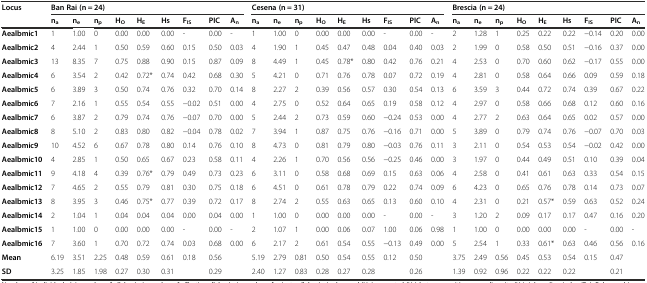
<table><thead><tr><td><b>Locus</b></td><td colspan="9"><b>Ban Rai (n = 24)</b></td><td colspan="9"><b>Cesena (n = 31)</b></td><td colspan="9"><b>Brescia (n = 24)</b></td></tr><tr><td></td><td><b>n<sub>a</sub></b></td><td><b>n<sub>e</sub></b></td><td><b>n<sub>p</sub></b></td><td><b>H<sub>O</sub></b></td><td><b>H<sub>E</sub></b></td><td><b>Hs</b></td><td><b>F<sub>IS</sub></b></td><td><b>PIC</b></td><td><b>A<sub>n</sub></b></td><td><b>n<sub>a</sub></b></td><td><b>n<sub>e</sub></b></td><td><b>n<sub>p</sub></b></td><td><b>H<sub>O</sub></b></td><td><b>H<sub>E</sub></b></td><td><b>Hs</b></td><td><b>F<sub>IS</sub></b></td><td><b>PIC</b></td><td><b>A<sub>n</sub></b></td><td><b>n<sub>a</sub></b></td><td><b>n<sub>e</sub></b></td><td><b>n<sub>p</sub></b></td><td><b>H<sub>O</sub></b></td><td><b>H<sub>E</sub></b></td><td><b>Hs</b></td><td><b>F<sub>IS</sub></b></td><td><b>PIC</b></td><td><b>A<sub>n</sub></b></td></tr></thead><tbody><tr><td><b>Aealbmic1</b></td><td>1</td><td>1.00</td><td>0</td><td>0.00</td><td>0.00</td><td>0.00</td><td>-</td><td>0.00</td><td>-</td><td>1</td><td>1.00</td><td>0</td><td>0.00</td><td>0.00</td><td>0.00</td><td>-</td><td>0.00</td><td>-</td><td>2</td><td>1.28</td><td>1</td><td>0.25</td><td>0.22</td><td>0.22</td><td>−0.14</td><td>0.20</td><td>0.00</td></tr><tr><td><b>Aealbmic2</b></td><td>4</td><td>2.44</td><td>1</td><td>0.50</td><td>0.59</td><td>0.60</td><td>0.15</td><td>0.50</td><td>0.03</td><td>4</td><td>1.90</td><td>1</td><td>0.45</td><td>0.47</td><td>0.48</td><td>0.04</td><td>0.40</td><td>0.03</td><td>2</td><td>1.99</td><td>0</td><td>0.58</td><td>0.50</td><td>0.51</td><td>−0.16</td><td>0.37</td><td>0.00</td></tr><tr><td><b>Aealbmic3</b></td><td>13</td><td>8.35</td><td>7</td><td>0.75</td><td>0.88</td><td>0.90</td><td>0.15</td><td>0.87</td><td>0.09</td><td>8</td><td>4.49</td><td>1</td><td>0.45</td><td>0.78*</td><td>0.80</td><td>0.42</td><td>0.76</td><td>0.21</td><td>4</td><td>2.53</td><td>0</td><td>0.70</td><td>0.60</td><td>0.62</td><td>−0.17</td><td>0.55</td><td>0.00</td></tr><tr><td><b>Aealbmic4</b></td><td>6</td><td>3.54</td><td>2</td><td>0.42</td><td>0.72*</td><td>0.74</td><td>0.42</td><td>0.68</td><td>0.30</td><td>5</td><td>4.21</td><td>0</td><td>0.71</td><td>0.76</td><td>0.78</td><td>0.07</td><td>0.72</td><td>0.19</td><td>4</td><td>2.81</td><td>0</td><td>0.58</td><td>0.64</td><td>0.66</td><td>0.09</td><td>0.59</td><td>0.18</td></tr><tr><td><b>Aealbmic5</b></td><td>6</td><td>3.89</td><td>3</td><td>0.50</td><td>0.74</td><td>0.76</td><td>0.32</td><td>0.70</td><td>0.14</td><td>8</td><td>2.27</td><td>2</td><td>0.39</td><td>0.56</td><td>0.57</td><td>0.30</td><td>0.54</td><td>0.13</td><td>6</td><td>3.59</td><td>3</td><td>0.44</td><td>0.72</td><td>0.74</td><td>0.39</td><td>0.67</td><td>0.22</td></tr><tr><td><b>Aealbmic6</b></td><td>7</td><td>2.16</td><td>1</td><td>0.55</td><td>0.54</td><td>0.55</td><td>−0.02</td><td>0.51</td><td>0.00</td><td>4</td><td>2.75</td><td>0</td><td>0.52</td><td>0.64</td><td>0.65</td><td>0.19</td><td>0.58</td><td>0.12</td><td>4</td><td>2.97</td><td>0</td><td>0.58</td><td>0.66</td><td>0.68</td><td>0.12</td><td>0.60</td><td>0.16</td></tr><tr><td><b>Aealbmic7</b></td><td>6</td><td>3.87</td><td>2</td><td>0.79</td><td>0.74</td><td>0.76</td><td>−0.07</td><td>0.70</td><td>0.00</td><td>5</td><td>2.44</td><td>2</td><td>0.73</td><td>0.59</td><td>0.60</td><td>−0.24</td><td>0.53</td><td>0.00</td><td>4</td><td>2.77</td><td>2</td><td>0.63</td><td>0.64</td><td>0.65</td><td>0.02</td><td>0.57</td><td>0.00</td></tr><tr><td><b>Aealbmic8</b></td><td>8</td><td>5.10</td><td>2</td><td>0.83</td><td>0.80</td><td>0.82</td><td>−0.04</td><td>0.78</td><td>0.02</td><td>7</td><td>3.94</td><td>1</td><td>0.87</td><td>0.75</td><td>0.76</td><td>−0.16</td><td>0.71</td><td>0.00</td><td>5</td><td>3.89</td><td>0</td><td>0.79</td><td>0.74</td><td>0.76</td><td>−0.07</td><td>0.70</td><td>0.03</td></tr><tr><td><b>Aealbmic9</b></td><td>10</td><td>4.52</td><td>6</td><td>0.67</td><td>0.78</td><td>0.80</td><td>0.14</td><td>0.76</td><td>0.10</td><td>8</td><td>4.73</td><td>0</td><td>0.81</td><td>0.79</td><td>0.80</td><td>−0.03</td><td>0.76</td><td>0.11</td><td>3</td><td>2.11</td><td>0</td><td>0.54</td><td>0.53</td><td>0.54</td><td>−0.02</td><td>0.42</td><td>0.00</td></tr><tr><td><b>Aealbmic10</b></td><td>4</td><td>2.85</td><td>1</td><td>0.50</td><td>0.65</td><td>0.67</td><td>0.23</td><td>0.58</td><td>0.11</td><td>4</td><td>2.26</td><td>1</td><td>0.70</td><td>0.56</td><td>0.56</td><td>−0.25</td><td>0.46</td><td>0.00</td><td>3</td><td>1.97</td><td>0</td><td>0.44</td><td>0.49</td><td>0.51</td><td>0.10</td><td>0.39</td><td>0.04</td></tr><tr><td><b>Aealbmic11</b></td><td>9</td><td>4.18</td><td>4</td><td>0.39</td><td>0.76*</td><td>0.79</td><td>0.49</td><td>0.73</td><td>0.23</td><td>6</td><td>3.11</td><td>0</td><td>0.58</td><td>0.68</td><td>0.69</td><td>0.15</td><td>0.63</td><td>0.06</td><td>4</td><td>2.58</td><td>0</td><td>0.41</td><td>0.61</td><td>0.63</td><td>0.33</td><td>0.54</td><td>0.15</td></tr><tr><td><b>Aealbmic12</b></td><td>7</td><td>4.65</td><td>2</td><td>0.55</td><td>0.79</td><td>0.81</td><td>0.30</td><td>0.75</td><td>0.18</td><td>6</td><td>4.51</td><td>0</td><td>0.61</td><td>0.78</td><td>0.79</td><td>0.22</td><td>0.74</td><td>0.09</td><td>6</td><td>4.23</td><td>0</td><td>0.65</td><td>0.76</td><td>0.78</td><td>0.14</td><td>0.73</td><td>0.07</td></tr><tr><td><b>Aealbmic13</b></td><td>8</td><td>3.95</td><td>3</td><td>0.46</td><td>0.75*</td><td>0.77</td><td>0.39</td><td>0.72</td><td>0.17</td><td>8</td><td>2.74</td><td>2</td><td>0.55</td><td>0.63</td><td>0.65</td><td>0.13</td><td>0.60</td><td>0.10</td><td>4</td><td>2.31</td><td>0</td><td>0.21</td><td>0.57*</td><td>0.59</td><td>0.63</td><td>0.52</td><td>0.24</td></tr><tr><td><b>Aealbmic14</b></td><td>2</td><td>1.04</td><td>1</td><td>0.04</td><td>0.04</td><td>0.04</td><td>0.00</td><td>0.04</td><td>0.00</td><td>1</td><td>1.00</td><td>0</td><td>0.00</td><td>0.00</td><td>0.00</td><td>-</td><td>0.00</td><td>-</td><td>3</td><td>1.20</td><td>2</td><td>0.09</td><td>0.17</td><td>0.17</td><td>0.47</td><td>0.16</td><td>0.20</td></tr><tr><td><b>Aealbmic15</b></td><td>1</td><td>1.00</td><td>0</td><td>0.00</td><td>0.00</td><td>0.00</td><td>-</td><td>0.00</td><td>-</td><td>2</td><td>1.07</td><td>1</td><td>0.00</td><td>0.06</td><td>0.07</td><td>1.00</td><td>0.06</td><td>0.98</td><td>1</td><td>1.00</td><td>0</td><td>0.00</td><td>0.00</td><td>0.00</td><td>-</td><td>0.00</td><td>-</td></tr><tr><td><b>Aealbmic16</b></td><td>7</td><td>3.60</td><td>1</td><td>0.70</td><td>0.72</td><td>0.74</td><td>0.03</td><td>0.68</td><td>0.00</td><td>6</td><td>2.17</td><td>2</td><td>0.61</td><td>0.54</td><td>0.55</td><td>−0.13</td><td>0.49</td><td>0.00</td><td>5</td><td>2.54</td><td>1</td><td>0.33</td><td>0.61*</td><td>0.63</td><td>0.46</td><td>0.56</td><td>0.16</td></tr><tr><td><b>Mean</b></td><td>6.19</td><td>3.51</td><td>2.25</td><td>0.48</td><td>0.59</td><td>0.61</td><td>0.18</td><td>0.56</td><td></td><td>5.19</td><td>2.79</td><td>0.81</td><td>0.50</td><td>0.54</td><td>0.55</td><td>0.12</td><td>0.50</td><td></td><td>3.75</td><td>2.49</td><td>0.56</td><td>0.45</td><td>0.53</td><td>0.54</td><td>0.15</td><td>0.47</td><td></td></tr><tr><td><b>SD</b></td><td>3.25</td><td>1.85</td><td>1.98</td><td>0.27</td><td>0.30</td><td>0.31</td><td></td><td>0.29</td><td></td><td>2.40</td><td>1.27</td><td>0.83</td><td>0.28</td><td>0.27</td><td>0.28</td><td></td><td>0.26</td><td></td><td>1.39</td><td>0.92</td><td>0.96</td><td>0.22</td><td>0.22</td><td>0.22</td><td></td><td>0.21</td><td></td></tr></tbody></table>